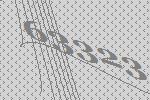
63323